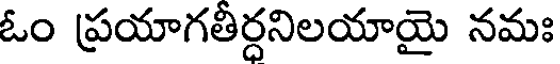
ఓం ప్రయాగతీర్దనిలయాయై నమః